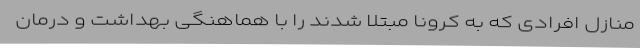
منازل افرادی که به کرونا مبتلا شدند را با هماهنگی بهداشت و درمان